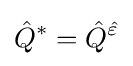
{\hat {Q}}^{*}={\hat {Q}}^{\hat {\varepsilon }}